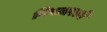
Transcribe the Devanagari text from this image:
विस्टाराने